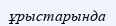
ұрыстарында